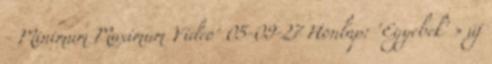
- Minimum Maximum Video' 05-09-27 Honlap: 'Egyebek' » új